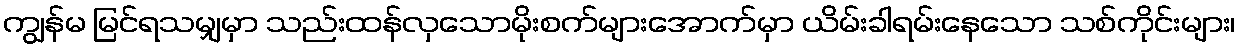
ကျွန်မ မြင်ရသမျှမှာ သည်းထန်လှသောမိုးစက်များအောက်မှာ ယိမ်းခါရမ်းနေသော သစ်ကိုင်းများ၊